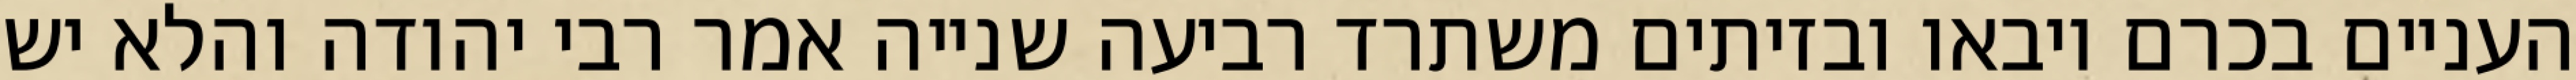
העניים בכרם ויבאו ובזיתים משתרד רביעה שנייה אמר רבי יהודה והלא יש